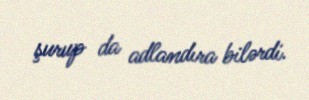
şurup da adlandıra bilərdi.